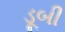
ડૂબી